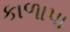
કાળાપા